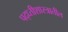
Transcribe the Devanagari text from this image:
पद्ध्तीशास्त्रातील